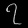
Digit: ၇